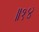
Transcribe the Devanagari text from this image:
॥१४